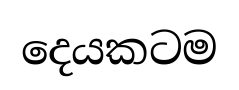
දෙයකටම